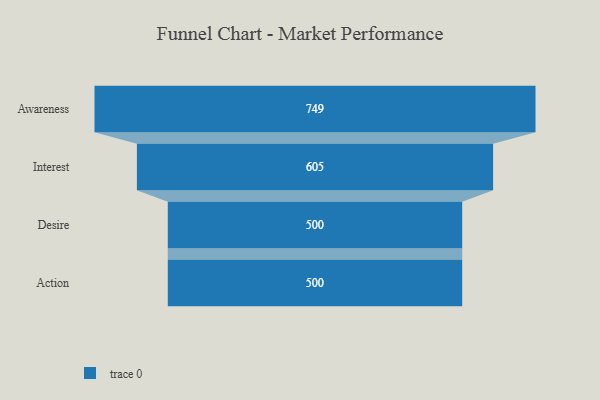
{"axis": {"x": "Stage", "y": "Value"}, "legend": [""], "data": [{"x": "Awareness", "y": 749.0, "type": ""}, {"x": "Interest", "y": 605.0, "type": ""}, {"x": "Desire", "y": 500, "type": ""}, {"x": "Action", "y": 500, "type": ""}]}